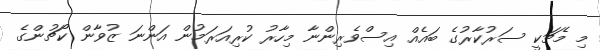
މި މެޗަކީ ސަރުކާރުގެ ބައެއް އިސްވެރިންނާ މިހާރު ކުރިއަރަމުން އަންނަ ޒުވާން ކޯޗުންގެ